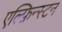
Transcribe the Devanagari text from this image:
एल्फ़िन्स्टन